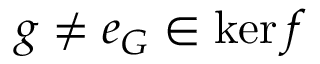
g \neq e _ { G } \in \ker f